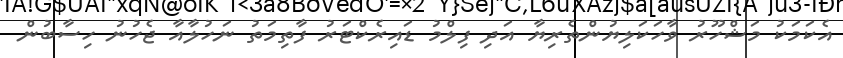
އެކަމަކު މަޝްހޫރު ވާހަކަލިޔުންތެރިޔާ އަދި ފިލްމު ޑައިރެކްޓަރު ފާތިމަތު ނަހުލާއާ ޖެހުނު ހިސާބުން